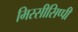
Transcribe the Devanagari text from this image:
मिस्सीसिप्पी